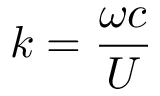
k = \frac { \omega c } { U }